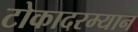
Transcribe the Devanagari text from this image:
टोकादरम्यान